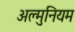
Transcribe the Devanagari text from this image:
अल्‍मुनियम